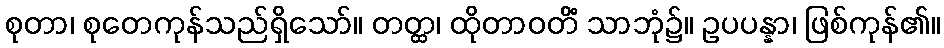
စုတာ၊ စုတေကုန်သည်ရှိသော်။ တတ္ထ၊ ထိုတာဝတိံ သာဘုံ၌။ ဥပပန္နာ၊ ဖြစ်ကုန်၏။